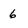
Character: 6